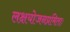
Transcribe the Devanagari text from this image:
लक्षयोजनप्रमिताः